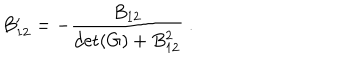
LaTeX: B _ { 1 2 } ^ { \prime } = - { \frac { B _ { 1 2 } } { \det ( G ) + B _ { 1 2 } ^ { 2 } } } ~ .